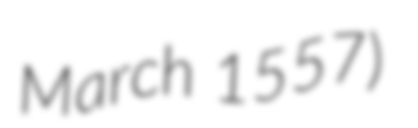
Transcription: March 1557)